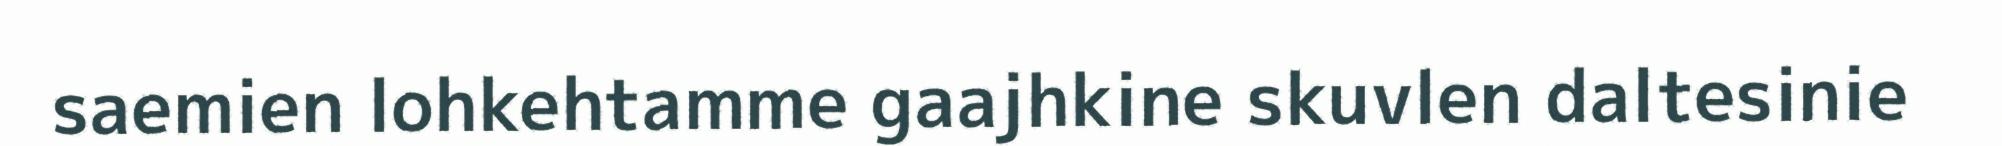
saemien lohkehtamme gaajhkine skuvlen daltesinie